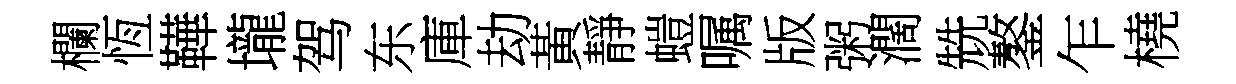
欄恆鞾壠驾东庫劫黃靜螘嘱版粥濶兟鏊乍橈